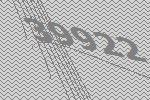
39922